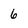
Character: 6